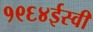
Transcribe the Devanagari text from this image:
१९६४ईस्वी